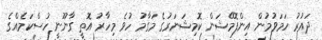
ދައުރު ހަމަވުމުން އިންފޮމޭޝަން ކޮމިޝަނަރުގެ މަގާމު ހުވެ މިހާރު އޮތީ ގާނޫނީ ހުސްކަމެއްގެ